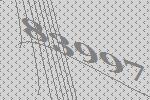
83997